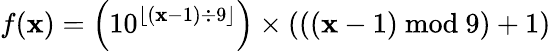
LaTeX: f(\mathbf{x})=\left(10^{\lfloor\left(\mathbf{x}-1\right)\div9\rfloor}\right)\times\left(\left(\left(\mathbf{x}-1\right)\ \mathrm{{mod}}\ 9\right)+1\right)